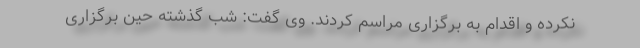
نکرده و اقدام به برگزاری مراسم کردند. وی گفت: شب گذشته حین برگزاری